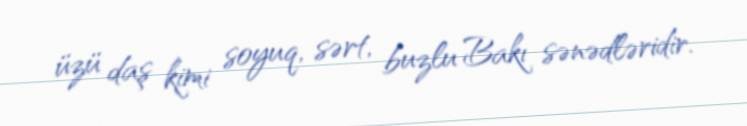
üzü daş kimi soyuq, sərt, buzlu Bakı sənədləridir.